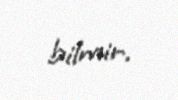
bilmir.